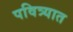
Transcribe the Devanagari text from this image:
पवित्र्यात